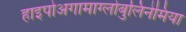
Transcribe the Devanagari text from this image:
हाइपोअगामाग्लोबुलिनेमिया